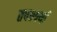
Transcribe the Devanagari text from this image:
तपश्यर्या